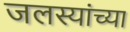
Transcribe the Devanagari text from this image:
जलस्यांच्या